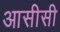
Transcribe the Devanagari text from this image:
आसीसी